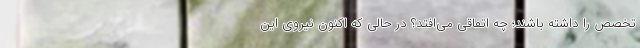
تخصص را داشته باشند؛ چه اتفاقی می‌افتد؟ در حالی که اکنون نیروی این